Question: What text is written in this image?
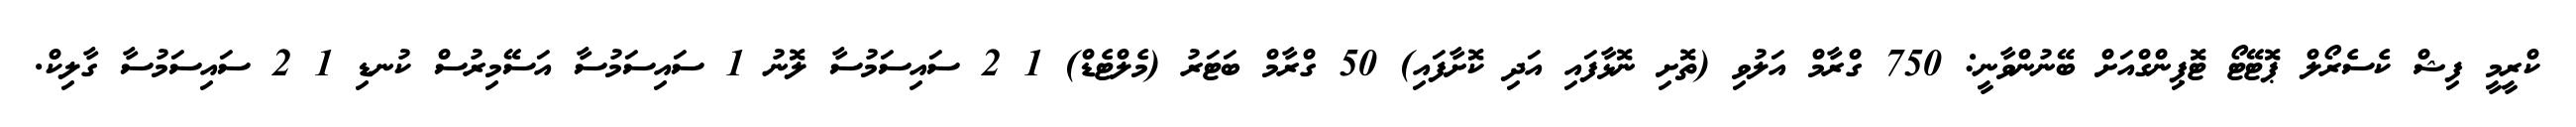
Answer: ކްރީމީ ފިޝް ކެސެރޯލް ޕޮޓޭޓޯ ޓޮޕިންގްއަށް ބޭނުންވާނީ: 750 ގްރާމް އަލުވި (ތޮށި ނޮޅާފައި އަދި ކޮށާފައި) 50 ގްރާމް ބަޓަރު (މެލްޓެޑް) 1 2 ސައިސަމުސާ ލޮނު 1 ސައިސަމުސާ އަސޭމިރުސް ކުނޑި 1 2 ސައިސަމުސާ ގާލިކް.